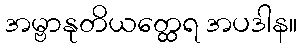
အမ္ဗာနုတိယတ္ထေရ အပဒါန။